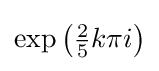
\exp {\bigl (}{\tfrac {2}{5}}k\pi i{\bigr )}